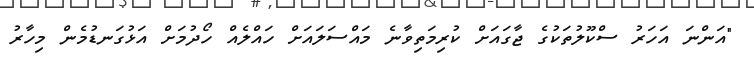
"އަންނަ އަހަރު ސްކޫލުތަކުގެ ޖާގައަށް ކުރިމަތިވާނެ މައްސަލައަށް ހައްލެއް ހޯދުމަށް އަޅުގަނޑުމެން މިހާރު